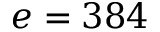
e = 3 8 4